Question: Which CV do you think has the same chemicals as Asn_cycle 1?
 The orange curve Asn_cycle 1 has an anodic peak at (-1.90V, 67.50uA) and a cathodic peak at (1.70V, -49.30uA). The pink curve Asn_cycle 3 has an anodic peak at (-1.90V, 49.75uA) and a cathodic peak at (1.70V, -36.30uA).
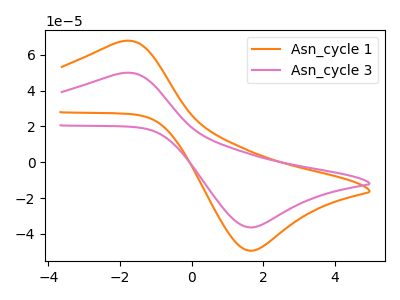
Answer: <think>All the peaks in "Asn_cycle 1" have a peak in "Asn_cycle 3" at the same potential. Every peak in "Asn_cycle 1" is higher than every peak in "Asn_cycle 3".
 </think>
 <answer>The CV with the most similar shape to "Asn_cycle 3" is "Asn_cycle 1".</answer>
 <eval>"Asn_cycle 1"</eval>